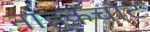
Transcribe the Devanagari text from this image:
नाहकचोट